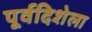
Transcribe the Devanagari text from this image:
पूर्वदिशेला